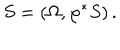
S = ( \Omega , \varphi ^ { * } S ) \, .